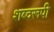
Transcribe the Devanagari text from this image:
शब्दरूपी